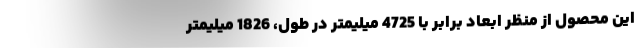
این محصول از منظر ابعاد برابر با 4725 میلیمتر در طول، 1826 میلیمتر